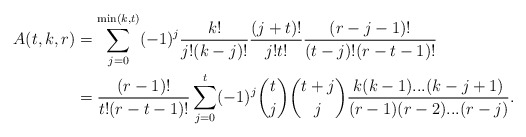
\begin{align*}A(t,k,r)&=\sum_{j=0}^{\min(k,t)} (-1)^{j}\frac{k!}{j!(k-j)!}\frac{(j+t)!}{j!t!}\frac{(r-j-1)!}{(t-j)!(r-t-1)!}\\&=\frac{(r-1)!}{t!(r-t-1)!}\sum_{j=0}^t(-1)^{j}\binom{t}{j}\binom{t+j}{j}\frac{k(k-1)...(k-j+1)}{(r-1)(r-2)...(r-j)}.\end{align*}